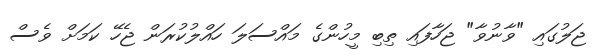
ޖަލުގައި "ވާނުވާ" ޖަހާފައި ތިބި މީހުންގެ މައްސަލަ ހައްލުކުރަން ޖެހޭ ކަމަށް ވެސް